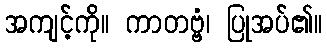
အကျင့်ကို။ ကာတဗ္ဗံ၊ ပြုအပ်၏။